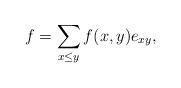
LaTeX: \begin{align*}f=\sum_{x\le y}f(x,y)e_{xy},\end{align*}